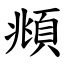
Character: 頫